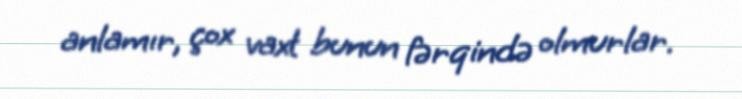
anlamır, çox vaxt bunun fərqində olmurlar.